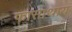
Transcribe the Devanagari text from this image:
फासाथाय